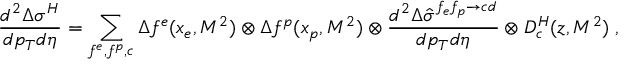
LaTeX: \frac { d ^ { 2 } \Delta \sigma ^ { H } } { d p _ { T } d \eta } = \sum _ { f ^ { e } , f ^ { p } , c } \Delta f ^ { e } ( x _ { e } , M ^ { 2 } ) \otimes \Delta f ^ { p } ( x _ { p } , M ^ { 2 } ) \otimes \frac { d ^ { 2 } \Delta \hat { \sigma } ^ { f _ { e } f _ { p } \rightarrow c d } } { d p _ { T } d \eta } \otimes D _ { c } ^ { H } ( z , M ^ { 2 } ) \; ,